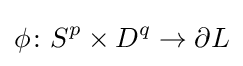
\phi \colon S^{p}\times D^{q}\to \partial L